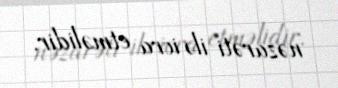
nəzarəti ilə icra etməlidir.